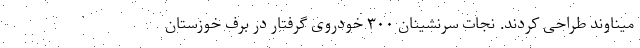
میناوند طراحی کردند. نجات سرنشینان ۳۰۰ خودروی گرفتار در برف خوزستان